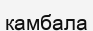
камбала